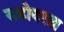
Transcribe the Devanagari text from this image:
सहोदरता